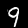
Digit: 9